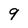
Character: 9